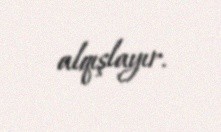
alqışlayır.